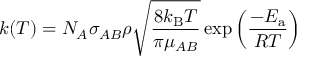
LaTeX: k ( T ) = N _ { A } \sigma _ { A B } \rho { \sqrt { \frac { 8 k _ { \mathrm { B } } T } { \pi \mu _ { A B } } } } \exp \left( { \frac { - E _ { \mathrm { a } } } { R T } } \right)